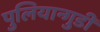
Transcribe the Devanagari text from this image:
पुलियान्गुडी